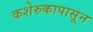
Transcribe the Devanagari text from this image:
कशेरुकापासून